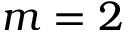
m = 2